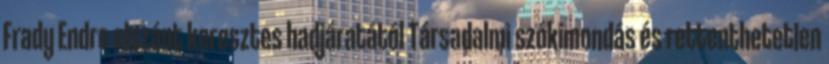
Frady Endre elszánt keresztes hadjáratától Társadalmi szókimondás és rettenthetetlen